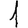
Digit: 1